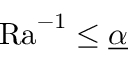
\mathrm { { R a } } ^ { - 1 } \leq \underline { { \alpha } }